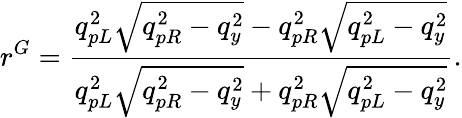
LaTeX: r^{G}=\frac{q_{pL}^{2}\sqrt{q_{pR}^{2}-q_{y}^{2}}-q_{pR}^{2}\sqrt{q_{pL}^{2}-q_{y}^{2}}}{q_{pL}^{2}\sqrt{q_{pR}^{2}-q_{y}^{2}}+q_{pR}^{2}\sqrt{q_{pL}^{2}-q_{y}^{2}}}.